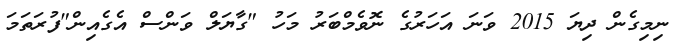
ނިމިގެން ދިޔަ 2015 ވަނަ އަހަރުގެ ނޮވެމްބަރު މަހު "ގާޔަލް ވަންސް އެގެއިން"ފުރަތަމަ